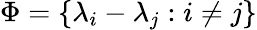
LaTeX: \Phi=\{ \lambda_{i}-\lambda_{j}:i\neq j\}